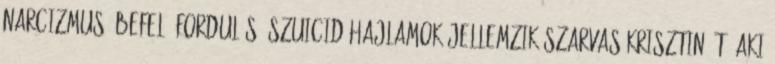
narcizmus, befelé fordulás, szuicid hajlamok jellemzik Szarvas Krisztiná-t, aki